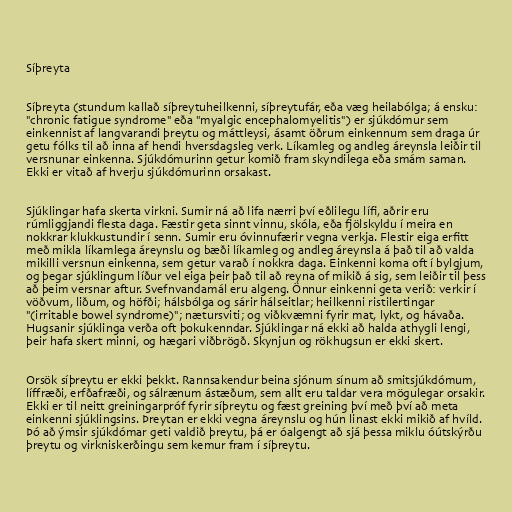
Síþreyta

Síþreyta (stundum kallað síþreytuheilkenni, síþreytufár, eða væg heilabólga; á ensku:
"chronic fatigue syndrome" eða "myalgic encephalomyelitis") er sjúkdómur sem
einkennist af langvarandi þreytu og máttleysi, ásamt öðrum einkennum sem draga úr
getu fólks til að inna af hendi hversdagsleg verk. Líkamleg og andleg áreynsla leiðir til
versnunar einkenna. Sjúkdómurinn getur komið fram skyndilega eða smám saman.
Ekki er vitað af hverju sjúkdómurinn orsakast.

Sjúklingar hafa skerta virkni. Sumir ná að lifa nærri því eðlilegu lífi, aðrir eru
rúmliggjandi flesta daga. Fæstir geta sinnt vinnu, skóla, eða fjölskyldu í meira en
nokkrar klukkustundir í senn. Sumir eru óvinnufærir vegna verkja. Flestir eiga erfitt
með mikla líkamlega áreynslu og bæði líkamleg og andleg áreynsla á það til að valda
mikilli versnun einkenna, sem getur varað í nokkra daga. Einkenni koma oft í bylgjum,
og þegar sjúklingum líður vel eiga þeir það til að reyna of mikið á sig, sem leiðir til þess
að þeim versnar aftur. Svefnvandamál eru algeng. Önnur einkenni geta verið: verkir í
vöðvum, liðum, og höfði; hálsbólga og sárir hálseitlar; heilkenni ristilertingar
"(irritable bowel syndrome)"; nætursviti; og viðkvæmni fyrir mat, lykt, og hávaða.
Hugsanir sjúklinga verða oft þokukenndar. Sjúklingar ná ekki að halda athygli lengi,
þeir hafa skert minni, og hægari viðbrögð. Skynjun og rökhugsun er ekki skert.

Orsök síþreytu er ekki þekkt. Rannsakendur beina sjónum sínum að smitsjúkdómum,
líffræði, erfðafræði, og sálrænum ástæðum, sem allt eru taldar vera mögulegar orsakir.
Ekki er til neitt greiningarpróf fyrir síþreytu og fæst greining því með því að meta
einkenni sjúklingsins. Þreytan er ekki vegna áreynslu og hún linast ekki mikið af hvíld.
Þó að ýmsir sjúkdómar geti valdið þreytu, þá er óalgengt að sjá þessa miklu óútskýrðu
þreytu og virkniskerðingu sem kemur fram í síþreytu.